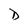
Character: D